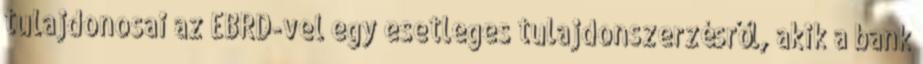
tulajdonosai az EBRD-vel egy esetleges tulajdonszerzésről, akik a bank